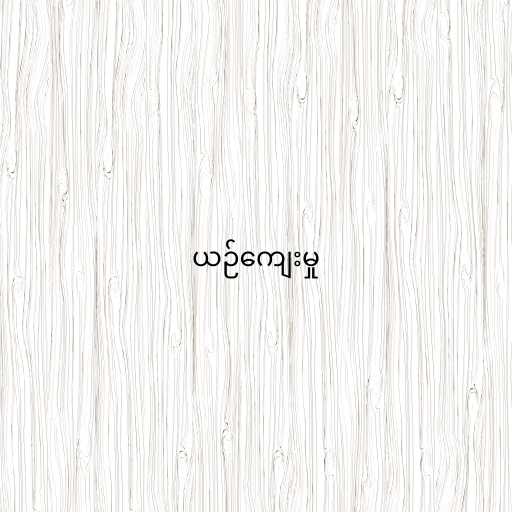
ယဉ်ကျေးမှု